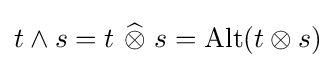
t\wedge s=t~{\widehat {\otimes }}~s=\operatorname {Alt} (t\otimes s)